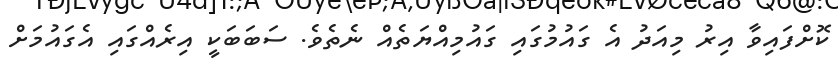
ކޮށްފައިވާ އިރު މިއަދު އެ ގައުމުގައި ގައުމިއްޔަތެއް ނެތެވެ. ސަބަބަކީ އިރެއްގައި އެގައުމަށް